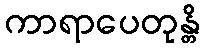
ကာရာပေတုန္တိ